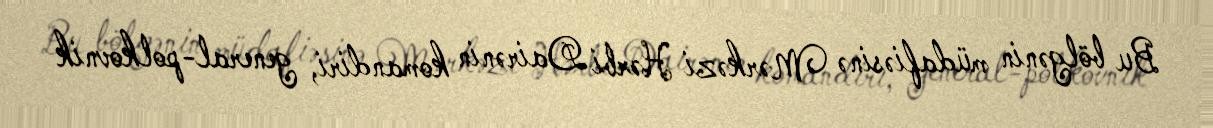
Bu bölgənin müdafiəsinə Mərkəzi Hərbi Dairənin komandiri, general-polkovnik